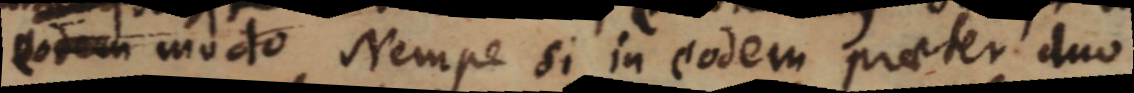
eodem modo Nempe si in eodem praeter duo